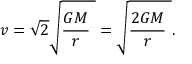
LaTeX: \ v = { \sqrt { 2 } } { \sqrt { { \frac { G M } { r } } \ } } = { \sqrt { { \frac { 2 G M } { r } } \ } } .